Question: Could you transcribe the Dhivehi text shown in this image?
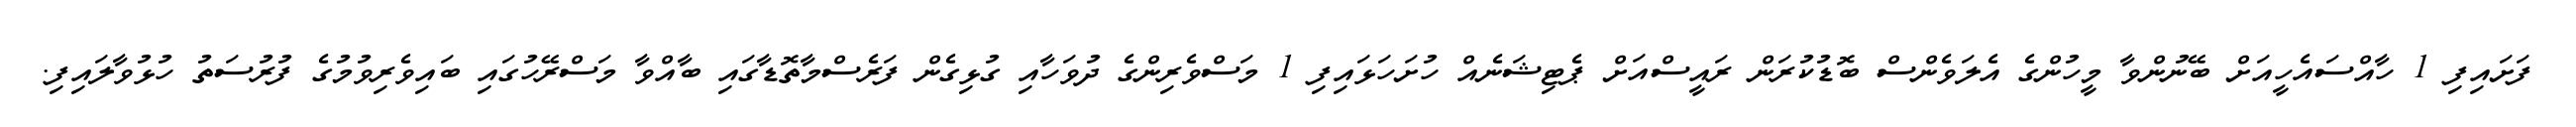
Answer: ފަށައިފި 1 ހާއްސައެހީއަށް ބޭނުންވާ މީހުންގެ އެލަވެންސް ބޮޑުކުރަން ރައީސްއަށް ޕެޓިޝަނެއް ހުށަހަޅައިފި 1 މަސްވެރިންގެ ދުވަހާއި ގުޅިގެން ފަރެސްމާތޮޑާގައި ބާއްވާ މަސްރޭހުގައި ބައިވެރިވުމުގެ ފުރުސަތު ހުޅުވާލައިފި.